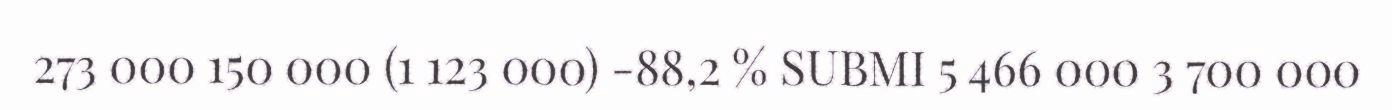
273 000 150 000 (1 123 000) -88,2 % SUBMI 5 466 000 3 700 000